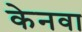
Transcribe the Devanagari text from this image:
केनवा